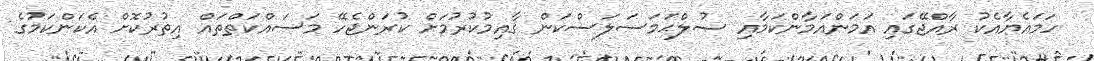
ހަމައެޔާއެކު ރާއްޖޭގައި އަމަންއަމާންކަމާއި ޞުލްޙަމަސަލަސްކަން ޤާއިމުކުރުމަށް ކުރަންޖެހޭ މަސައްކަތްތައް އިތުރުކޮށް އެކަންކަމުގެ